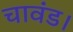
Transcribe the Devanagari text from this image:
चावंड।